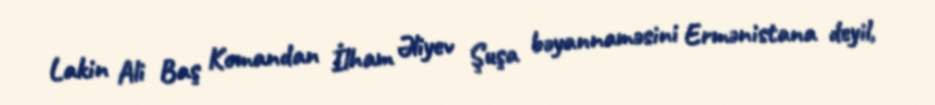
Lakin Ali Baş Komandan İlham Əliyev Şuşa bəyannaməsini Ermənistana deyil,